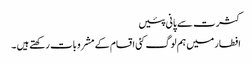
کثرت سے پانی پئیں
افطار میں ہم لوگ کئی اقسام کے مشروبات رکھتے ہیں ۔